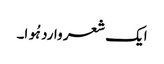
ایک شعر وارد ہُوا۔